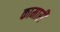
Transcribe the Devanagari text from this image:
कामारी